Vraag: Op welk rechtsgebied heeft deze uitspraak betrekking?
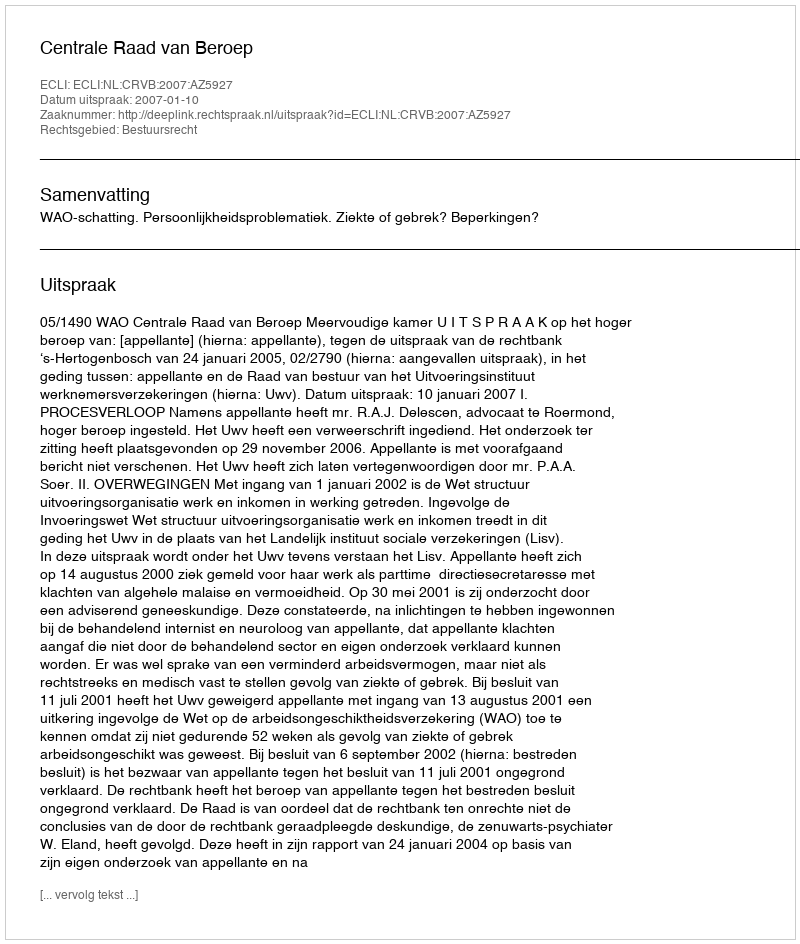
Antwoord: Bestuursrecht